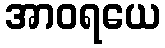
အာဝရယေ